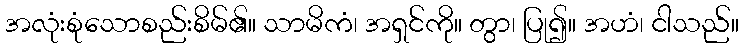
အလုံးစုံသောစည်းစိမ်၏။ သာမိကံ၊ အရှင်ကို။ တွာ၊ ပြု၍။ အဟံ၊ ငါသည်။